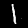
Digit: 1